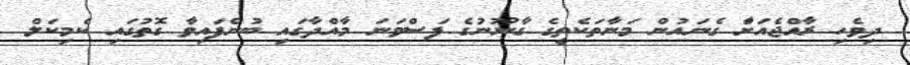
ދިވެހި ރާއްޖެއަށާް ގެނައުން މަނާތަކެތީގެ ގާނޫނުގެ ފަސްވަނަ މާއްދާގައި ބުނެފައިވާ ގޮތުގައި ކެމިކަލް